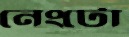
নেংটো